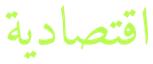
اقتصادية